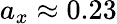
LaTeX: a_{x}\approx 0.23